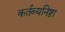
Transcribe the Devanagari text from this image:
कर्तब्यनिष्ठा